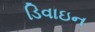
ડિવાઇન